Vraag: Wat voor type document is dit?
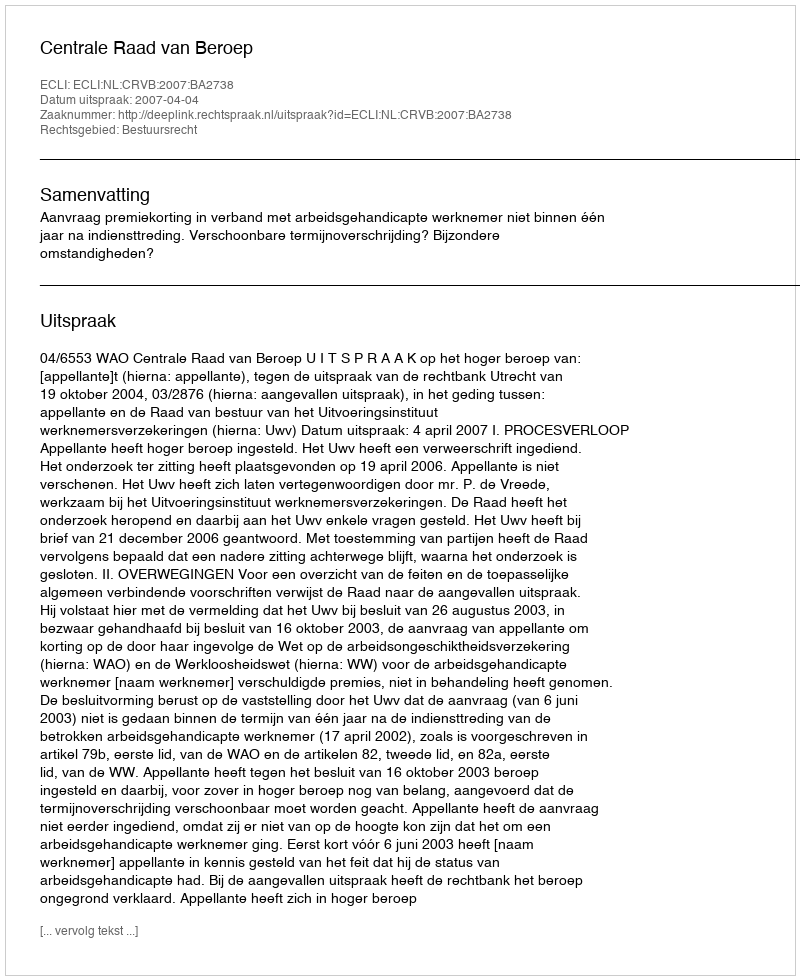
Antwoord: Uitspraak